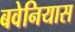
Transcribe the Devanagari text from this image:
बवेनियास